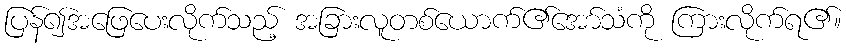
ပြန်၍အဖြေပေးလိုက်သည့် အခြားလူတစ်ယောက်၏အော်သံကို ကြားလိုက်ရ၏။